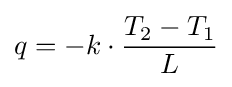
q=-k\cdot {\frac {T_{2}-T_{1}}{L}}